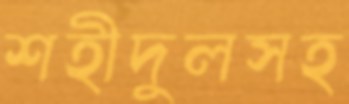
শহীদুলসহ